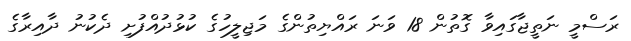
ރަސްމީ ނަތީޖާގައިވާ ގޮތުން 18 ވަނަ ރައްޔިތުންގެ މަޖިލީހުގެ ކުޅުދުއްފުށި ދެކުނު ދާއިރާގެ